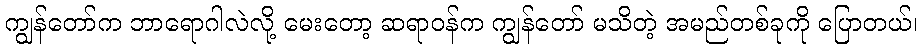
ကျွန်တော်က ဘာရောဂါလဲလို့ မေးတော့ ဆရာဝန်က ကျွန်တော် မသိတဲ့ အမည်တစ်ခုကို ပြောတယ်၊